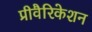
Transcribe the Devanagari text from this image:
प्रीवैरिकेशन